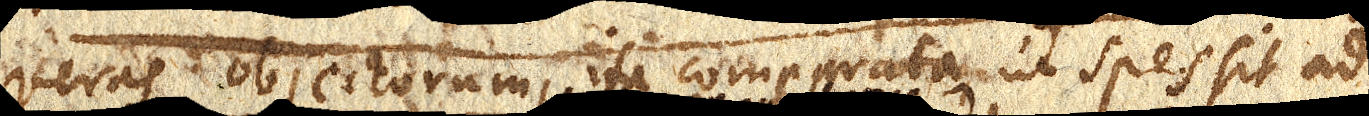
veras objectorum, ita comparata ut spes sit ad